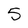
Character: 5